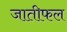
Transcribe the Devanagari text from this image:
जातीफल